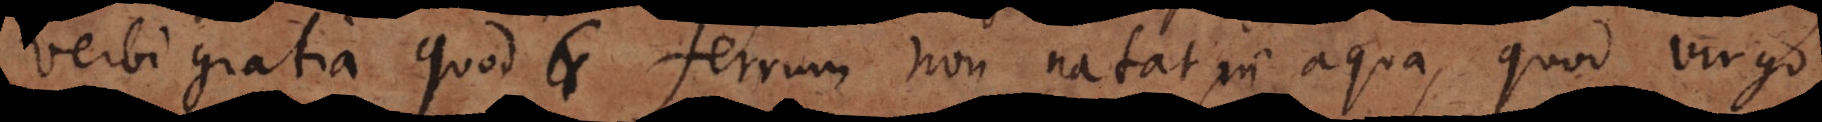
verbi gratia quod ferrum non natat in aqua, quod virgo